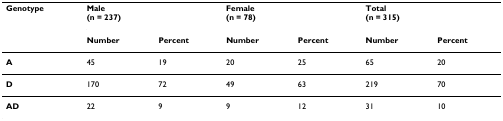
| Genotype | <COLSPAN=2> Male(n = 237) | <COLSPAN=2> Female(n = 78) | <COLSPAN=2> Total(n = 315) |
 |  | Number | Percent | Number | Percent | Number | Percent |
 | --- | --- | --- | --- | --- | --- | --- |
 | A | 45 | 19 | 20 | 25 | 65 | 20 |
 | D | 170 | 72 | 49 | 63 | 219 | 70 |
 | AD | 22 | 9 | 9 | 12 | 31 | 10 |